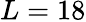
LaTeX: L=18